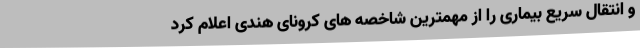
و انتقال سریع بیماری را از مهمترین شاخصه های کرونای هندی اعلام کرد